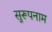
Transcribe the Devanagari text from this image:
सुरूपनाम